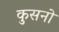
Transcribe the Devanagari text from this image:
कुसनो